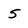
Character: 5